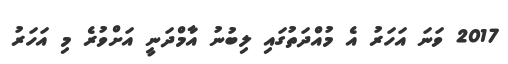
2017 ވަނަ އަހަރު އެ މުއްދަތުގައި ލިބުނު އާމްދަނީ އަށްވުރެ މި އަހަރު